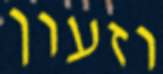
וזעון